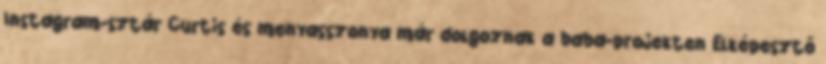
Instagram-sztár Curtis és menyasszonya már dolgoznak a baba-projekten Elképesztő